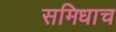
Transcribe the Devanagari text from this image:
समिधाच